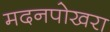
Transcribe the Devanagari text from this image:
मदनपोखरा